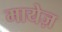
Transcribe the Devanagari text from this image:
मायेज़